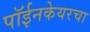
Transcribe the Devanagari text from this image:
पॉईनकेयरचा